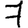
Digit: 7